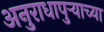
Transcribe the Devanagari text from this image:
अनुराधापुऱ्याच्या